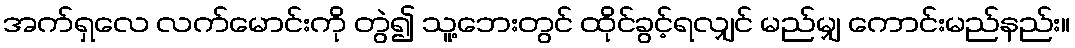
အက်ရှလေ လက်မောင်းကို တွဲ၍ သူ့ဘေးတွင် ထိုင်ခွင့်ရလျှင် မည်မျှ ကောင်းမည်နည်း။